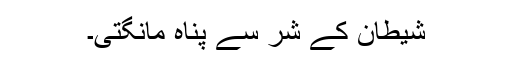
شیطان کے شر سے پناہ مانگتی۔